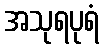
အသုရပုရံ